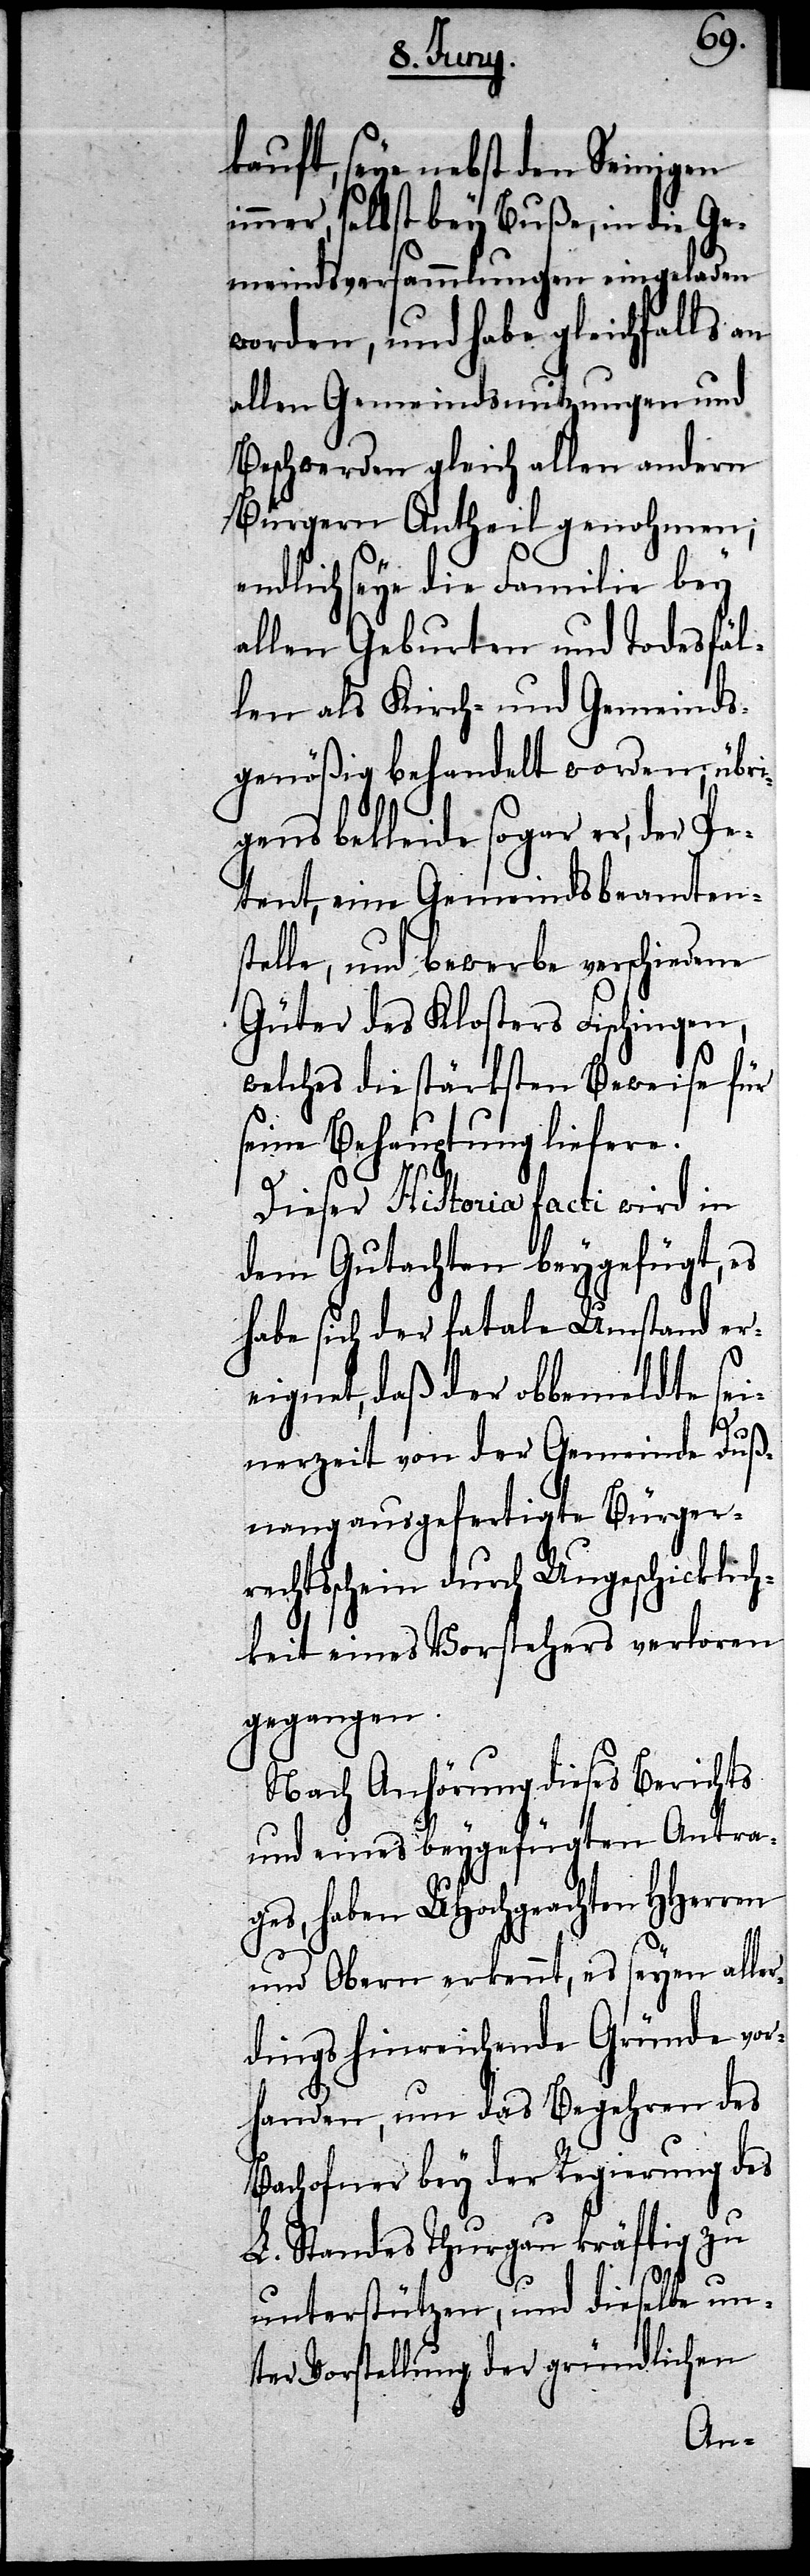
kauft, seye nebst den Seinigen
immer, selbst bey Buße, in die Ge¬
meindsversammlungen eingeladen
worden, und habe gleichfalls an
allen Gemeindsnutzungen und
Beschwerden gleich allen andern
Bürgern Antheil genohmen;
endlich seye die Familie bey
allen Geburten und Todesfäl¬
len als Kirch- und Gemeinds¬
genößig behandelt worden; übri¬
gens bekleide sogar er, der Pe¬
tent, eine Gemeindsbeamtens¬
telle, und bewerbe verschiedene
Güter des Klosters Fischingen,
welches die stärksten Beweise für
seine Behauptung liefere.
Dieser Historia facti wird in
dem Gutachten beygefügt, es
habe sich der fatale Umstand er¬
eignet, daß der obbemeldte sei¬
nerzeit von der Gemeinde Duß¬
nang ausgefertigte Bürger¬
rechtsschein durch Ungeschicklich¬
keit eines Vorstehers verloren
gegangen.
Nach Anhörung dieses Berichts
und eines beygefügten Antra¬
ges, haben UHochgeachten HHerren
und Obern erkennt, es seyen aller¬
dings hinreichende Gründe vor¬
handen, um das Begehren des
Bachofner bey der Regierung des
L. Standes Thurgau kräftig zu
unterstützen, und dieselbe un¬
ter Vorstellung der gründlichen